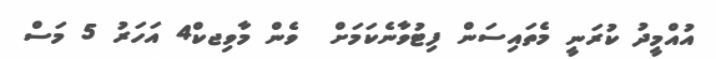
އުއްމީދު ކުރަނީ މެތައިސަން ފިޓުވާނެކަމަށް  ވެން މާވިޖކް4 އަހަރު 5 މަސް